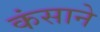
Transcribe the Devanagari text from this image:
कंसाने